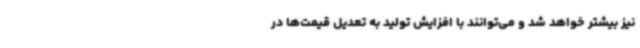
نیز بیشتر خواهد شد و می‌توانند با افزایش تولید به تعدیل قیمت‌ها در